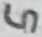
Text: 5